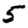
Digit: 5